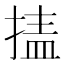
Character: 𰔉